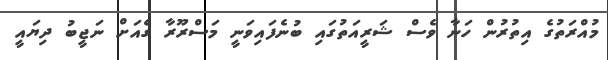
މުއްރަތުގެ އިތުރުން ހަނާ ވެސް ޝަރީއަތުގައި ބުނެފައިވަނީ މަސްރޫރާ ގެއަށް ނަޖީބު ދިޔައީ